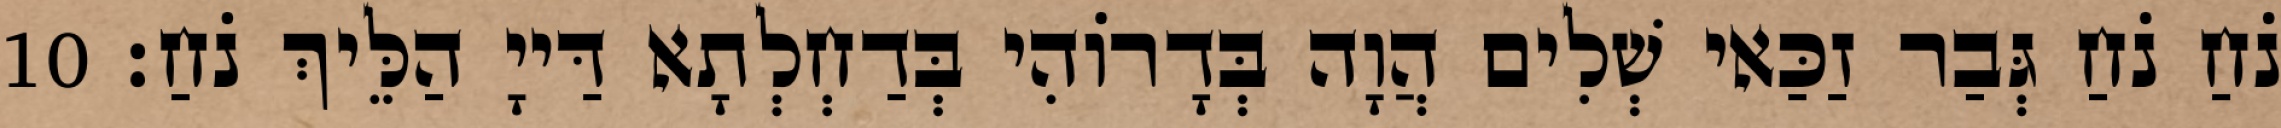
נֹחַ נֹחַ גְּבַר זַכַּאי שְׁלִים הֲוָה בְּדָרוֹהִי בְּדַחְלְתָא דַּייָ הַלֵּיךְ נֹחַ׃ 10